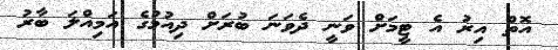
އޮތް އިރު އެ ޓީމަށް ވަނީ ދެވަނަ ބުރަށް ދިއުމުގެ އަމިއްލަ ބާރު